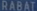
RABATTI